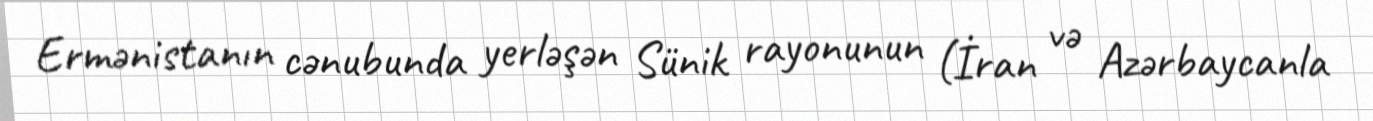
Ermənistanın cənubunda yerləşən Sünik rayonunun (İran və Azərbaycanla